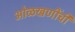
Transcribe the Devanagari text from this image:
ओळखणींची